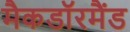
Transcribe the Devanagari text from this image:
मैकडाॅरमैंड